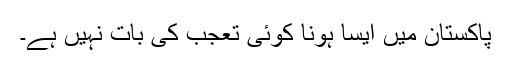
پاکستان میں ایسا ہونا کوئی تعجب کی بات نہیں ہے۔